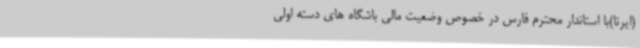
(ایرنا)با استاندار محترم فارس در خصوص وضعیت مالی باشگاه های دسته اولی